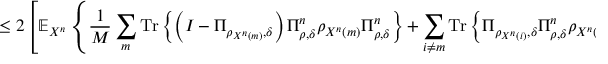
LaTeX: \leq 2 \left[ \mathbb { E } _ { X ^ { n } } \left\{ { \frac { 1 } { M } } \sum _ { m } { \mathrm { T r } } \left\{ \left( I - \Pi _ { \rho _ { X ^ { n } \left( m \right) } , \delta } \right) \Pi _ { \rho , \delta } ^ { n } \rho _ { X ^ { n } \left( m \right) } \Pi _ { \rho , \delta } ^ { n } \right\} + \sum _ { i \neq m } { \mathrm { T r } } \left\{ \Pi _ { \rho _ { X ^ { n } \left( i \right) } , \delta } \Pi _ { \rho , \delta } ^ { n } \rho _ { X ^ { n } \left( m \right) } \Pi _ { \rho , \delta } ^ { n } \right\} \right\} \right] ^ { 1 / 2 } ,